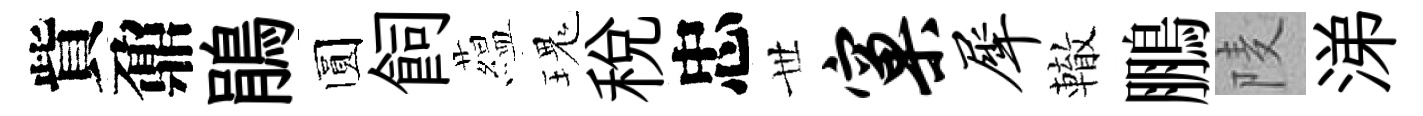
貲鼐鵑圆飼藴瑰税忠𠀍窠犀轍鵬𨹧涕